Report on the Civil Veterinary Department, Eastern Bengal and Assam - 1907-1911
Year: 1907
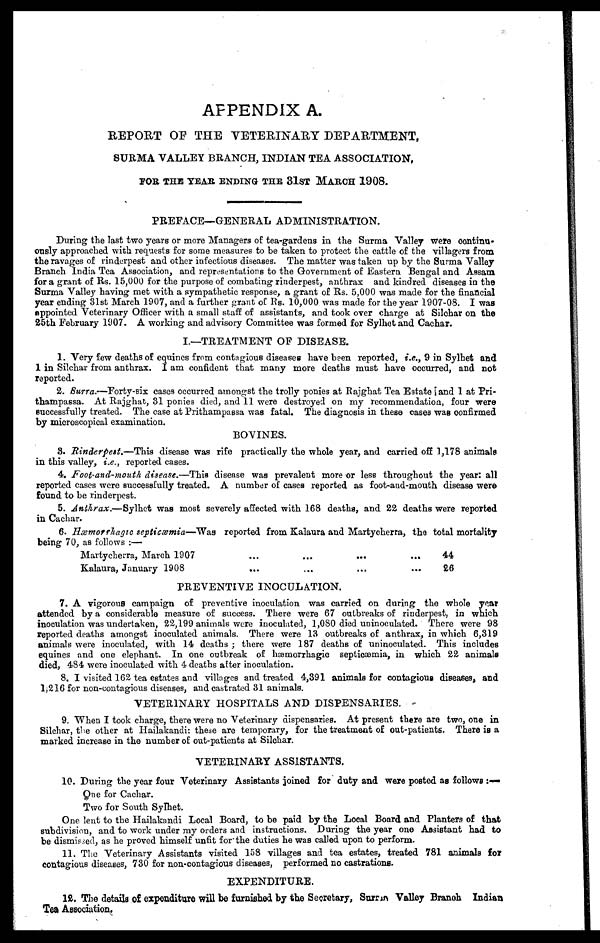
APPENDIX A.
REPORT OF THE VETERINARY DEPARTMENT,
SURMA VALLEY BRANCH, INDIAN TEA ASSOCIATION,
FOR THE YEAR ENDING THE 31ST MARCH 1908.
PREFACE—GENERAL ADMINISTRATION.
During the last two years or more Managers of tea-gardens in the Surma Valley were continu-
ously approached with requests for some measures to be taken to protect the cattle of the villagers from
the ravages of rinderpest and other infectious diseases. The matter was taken up by the Surma Valley
Branch India Tea Association, and representations to the Government of Eastern Bengal and Assam
for a grant of Rs. 15,000 for the purpose of combating rinderpest, anthrax and kindred diseases in the
Surma Valley having met with a sympathetic response, a grant of Rs. 5,000 was made for the financial
year ending 31st March 1907, and a further grant of Rs. 10,000 was made for the year 1907-08. I was
appointed Veterinary Officer with a small staff of assistants, and took over charge at Silchar on the
25th February 1907. A working and advisory Committee was formed for Sylhet and Cachar.
I.—TREATMENT OF DISEASE.
1. Very few deaths of equines from contagious diseases have been reported, i.c., 9 in Sylhet and
1 in Silchar from anthrax. I am confident that many more deaths must have occurred, and not
reported.
2. Surra.—Eorty-six cases occurred amongst the trolly ponies at Rajghat Tea Estate and 1 at Pri-
thampassa. At Rajghat, 31 ponies died, and 11 were destroyed on my recommendation, four were
successfully treated. The case at Prithampassa was fatal. The diagnosis in these case3 was confirmed
by microscopical examination.
BOVINES.
8. Rinderpest.—This disease was rife practically the whole year, and carried off 1,178 animals
in this valley, i.e., reported cases.
4. Foot-and-mouth disease.—This disease was prevalent more or less throughout the year: all
reported eases were successfully treated. A number of cases reported as foot-and-mouth disease were
found to be rinderpest.
5. Anthrax.—Sylhet was most severely affected with 168 deaths, and 22 deaths were reported
in Cachar.
6. Hæmorrhagic septicæmia—Was reported from Kalaura and Martycherra, the total mortality
being 70, as follows :—
Martycherra, March 1907
Kalaura, January 1908
...
...
...
...
...
...
...
...
44
26
PREVENTIVE INOCULATION.
7. A vigorous campaign of preventive inoculation was carried on during the whole year
attended by a considerable measure of success. There were 67 outbreaks of rinderpest, in which
inoculation was undertaken, 22,199 animals were inoculated, 1,080 died uninoculated. There were 98
reported deaths amongst inoculated animals. There were 13 outbreaks of anthrax, in which 6,319
animals were inoculated, with 14 deaths ; there were 187 deaths of uninoculated. This includes
equines and one elephant. In one outbreak of hæmorrhagic septicaemia, in which 22 animals
died, 484 were inoculated with 4 deaths after inoculation.
8. I visited 162 tea estates and villages and treated 4,391 animals for contagious diseases, and
l,216 for non-contagious diseases, and castrated 31 animals.
VETERINARY HOSPITALS AND DISPENSARIES.
9. When I took charge, there were no Veterinary dispensaries. At present there are two, one in
Silchar, the other at Hailakandi: these are temporary, for the treatment of out-patients. There is a
marked increase in the number of out-patients at Silchar.
VETERINARY ASSISTANTS.
10. During the year four Veterinary Assistants joined for duty and were posted as follows :—
One for Cachar.
Two for South Sylhet.
One lent to the Hailakandi Local Board, to be paid by the Local Board and Planters of that
subdivision, and to work under my orders and instructions. During the year one Assistant had to
be dismissed, as he proved himself unfit for the duties he was called upon to perform.
11. The Veterinary Assistants visited 158 villages and tea estates, treated 781 animals for
contagious diseases, 730 for non-contagious diseases, performed no castrations.
EXPENDITURE.
12. The details of expenditure will be furnished by the Secretary, Surma Valley Branch Indian
Tea Association.